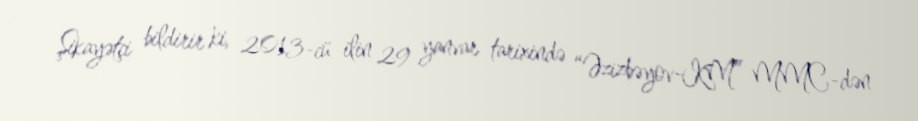
Şikayətçi bildirir ki, 2013-cü ilin 29 yanvar tarixində “Əzizbəyov-KM” MMC-dən